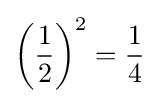
\left({\frac {1}{2}}\right)^{2}={\frac {1}{4}}